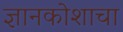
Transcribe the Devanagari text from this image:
ज्ञानकोशाचा